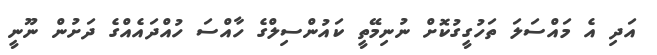
އަދި އެ މައްސަލަ ތަހުގީގުކޮށް ނުނިމޭތީ ކައުންސިލްގެ ހާއްސަ ހުއްދައެއްގެ ދަށުން ނޫނީ